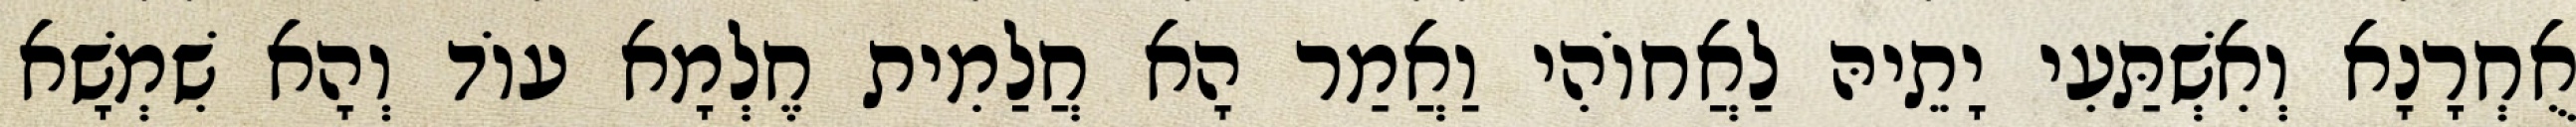
אֻחְרָנָא וְאִשְׁתַּעִי יָתֵיהּ לַאֲחוֹהִי וַאֲמַר הָא חֲלַמִית חֶלְמָא עוֹד וְהָא שִׁמְשָׁא